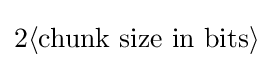
2\langle {\text{chunk size in bits}}\rangle